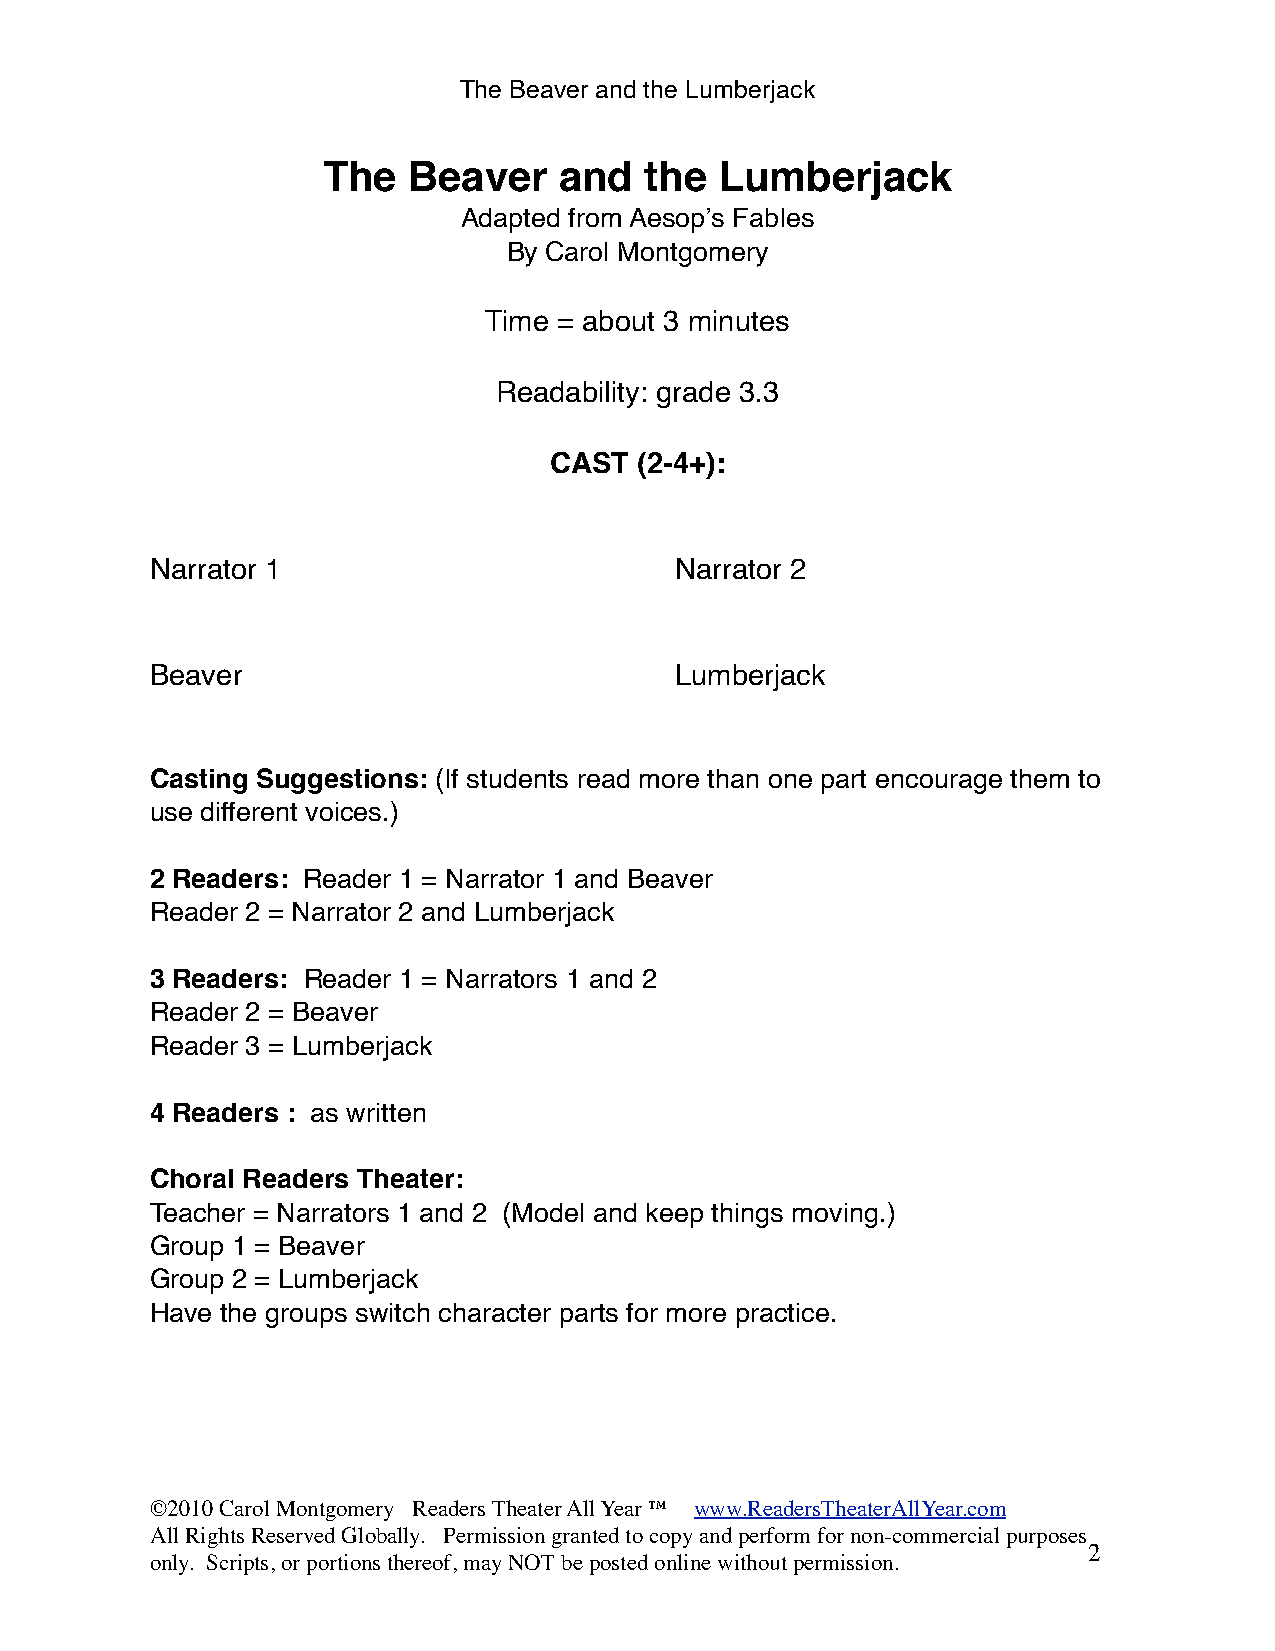
The Beaver and the Lumberjack
 The   Beaver    and   the  Lumberjack
 Adapted from Aesop’s Fables
 By Carol Montgomery
 Time = about 3 minutes
 Readability: grade 3.3
 CAST  (2-4+):
 Narrator 1                         Narrator 2
 Beaver                             Lumberjack
 Casting Suggestions: (If students read more than one part encourage them to
 use different voices.)
 2 Readers: Reader 1 = Narrator 1 and Beaver
 Reader 2 = Narrator 2 and Lumberjack
 3 Readers: Reader 1 = Narrators 1 and 2
 Reader 2 = Beaver
 Reader 3 = Lumberjack
 4 Readers : as written
 Choral Readers Theater:
 Teacher = Narrators 1 and 2 (Model and keep things moving.)
 Group 1 = Beaver
 Group 2 = Lumberjack
 Have the groups switch character parts for more practice.
 ©2010 Carol Montgomery Readers Theater All Year ™ www.ReadersTheaterAllYear.com
 All Rights Reserved Globally. Permission granted to copy and perform for non-commercial purposes
 2
 only. Scripts, or portions thereof, may NOT be posted online without permission.